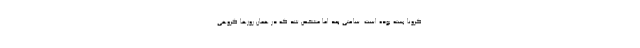
کرونا بسته بوده است. ساعتی بعد اما مشخص شد که در همان روزها گروهی